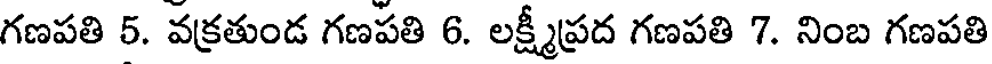
గణపతి 5. వక్రతుండ గణపతి 6. లక్ష్మీప్రద గణపతి 7. నింబ గణపతి